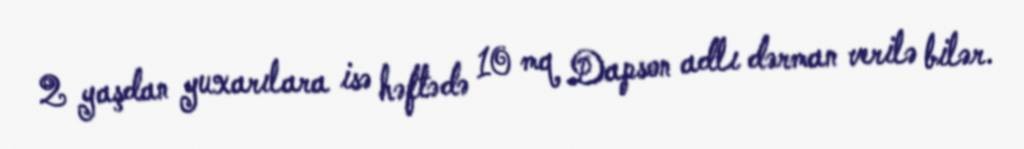
2 yaşdan yuxarılara isə həftədə 10 mq Dapson adlı dərman verilə bilər.